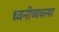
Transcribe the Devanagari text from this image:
ध्वनीव्यवस्था